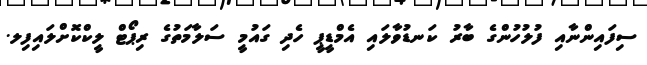
ސިފައިންނާއި ފުލުހުންގެ ބާރު ކަނޑުވާލައި އެމްޑީޕީ ހެދި ގައުމީ ސަލާމަތުގެ ރިޕޯޓް ލީކްކޮށްލައިފިލ.